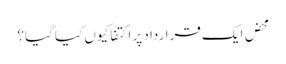
محض ایک قرارداد پر اکتفا کیوں کیا گیا؟